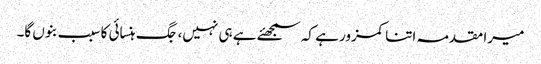
میرا مقدمہ اتنا کمزور ہے کہ سمجھئے ہے ہی نہیں، جگ ہنسائی کا سبب بنوں گا۔